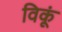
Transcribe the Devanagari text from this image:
विकूं